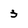
Character: 3